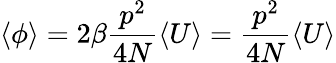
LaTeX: \langle\phi\rangle=2\beta\frac{p^{2}}{4N}\langle U\rangle=\frac{p^{2}}{4N}\langle U\rangle